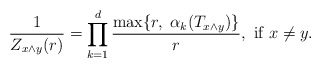
\begin{align*}\frac{1}{Z_{x \wedge y}(r)}=\prod_{k=1}^d\frac{ \max \{r,\; \alpha_k(T_{x\wedge y})\} } {r}, \mbox{ if }x\neq y.\end{align*}